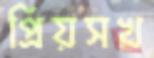
প্রিয়সখ